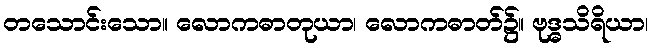
တသောင်းသော။ လောကဓာတုယာ၊ လောကဓာတ်၌။ ဗုဒ္ဓသိရိယာ၊